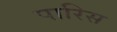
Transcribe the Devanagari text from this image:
पारिस